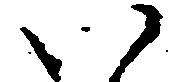
い